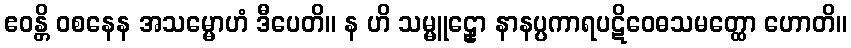
ဧဝန္တိ ဝစနေန အသမ္မောဟံ ဒီပေတိ။ န ဟိ သမ္မူဠှော နာနပ္ပကာရပဋိဝေဓသမတ္ထော ဟောတိ။